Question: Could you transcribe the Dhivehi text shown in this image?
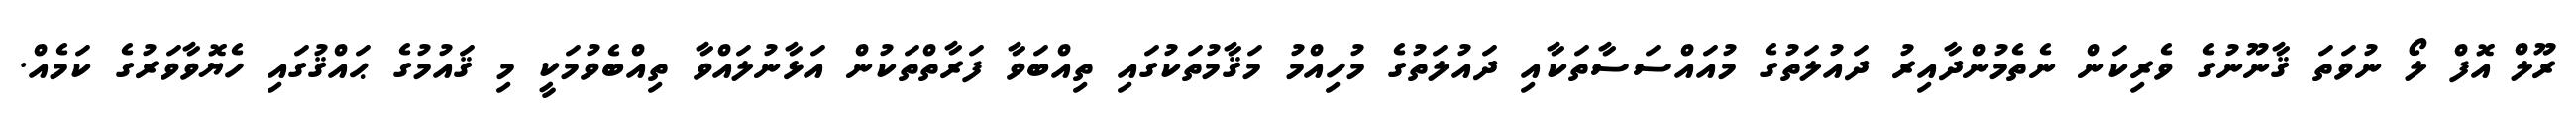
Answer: ރޫލް އޮފް ލޯ ނުވަތަ ޤާނޫނުގެ ވެރިކަން ނެތެމުންދާއިރު ދައުލަތުގެ މުއައްސަސާތަކާއި ދައުލަތުގެ މުހިއްމު މަޤާމުތަކުގައި ތިއްބަވާ ފަރާތްތަކުން އަޅާނުލައްވާ ތިއްބެވުމަކީ މި ޤައުމުގެ ޙައްޤުގައި ހެޔޮވާވަރުގެ ކަމެއް.